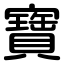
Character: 寶